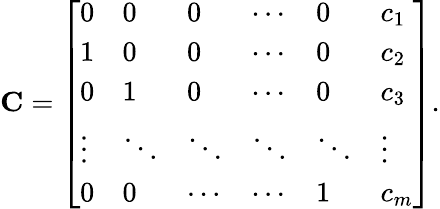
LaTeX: \mathbf{C}=\left[\begin{array}{llllll}{0}&{0}&{0}&{\cdots}&{0}&{c_{1}}\\ {1}&{0}&{0}&{\cdots}&{0}&{c_{2}}\\ {0}&{1}&{0}&{\cdots}&{0}&{c_{3}}\\ {\vdots}&{\ddots}&{\ddots}&{\ddots}&{\ddots}&{\vdots}\\ {0}&{0}&{\cdots}&{\cdots}&{1}&{c_{m}}\end{array}\right].